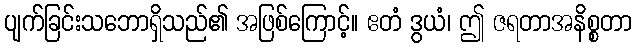
ပျက်ခြင်းသဘောရှိသည်၏ အဖြစ်ကြောင့်။ ဧတံ ဒွယံ၊ ဤ ဇရတာအနိစ္စတာ